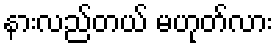
နားလည်တယ် မဟုတ်လား